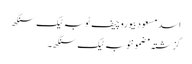
اسد مسعود بیوروچیف ٹوبہ ٹیک سنگھ
گزشتہ مضمونٹوبہ ٹیک سنگھ ۔